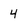
Character: 4